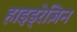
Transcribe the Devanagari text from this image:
हाइड्रेज़िन